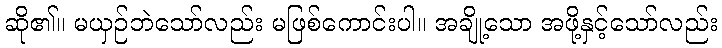
ဆို၏။ မယှဉ်ဘဲသော်လည်း မဖြစ်ကောင်းပါ။ အချို့သော အဖို့နှင့်သော်လည်း